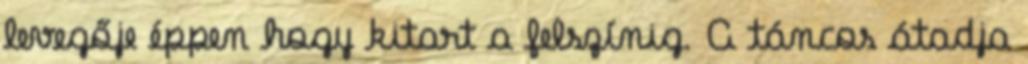
levegője éppen hogy kitart a felszínig. A táncos átadja